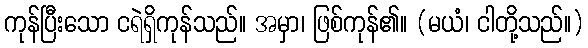
ကုန်ပြီးသော ငရဲရှိကုန်သည်။ အမှာ၊ ဖြစ်ကုန်၏။ (မယံ၊ ငါတို့သည်။)